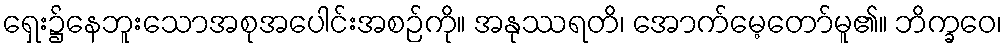
ရှေး၌နေဘူးသောအစုအပေါင်းအစဉ်ကို။ အနုဿရတိ၊ အောက်မေ့တော်မူ၏။ ဘိက္ခဝေ၊